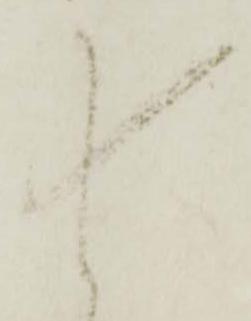
尚